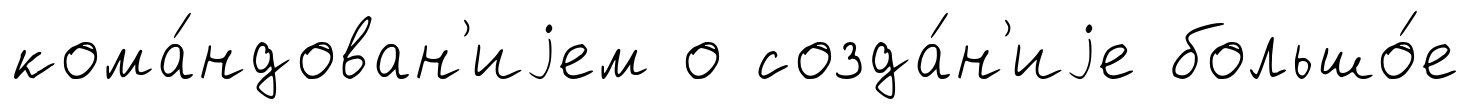
кома́ндован'иjем о созда́н'иjе большо́е